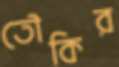
তৌকির